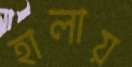
হালায়